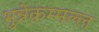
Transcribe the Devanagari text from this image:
भुन्नेकम्मल्ल